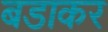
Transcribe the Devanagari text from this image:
बडाकर